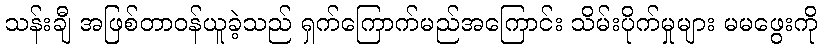
သန်းချီ အဖြစ်တာဝန်ယူခဲ့သည် ရှက်ကြောက်မည်အကြောင်း သိမ်းပိုက်မှုများ မမဖွေးကို